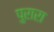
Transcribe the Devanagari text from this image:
पुरारा